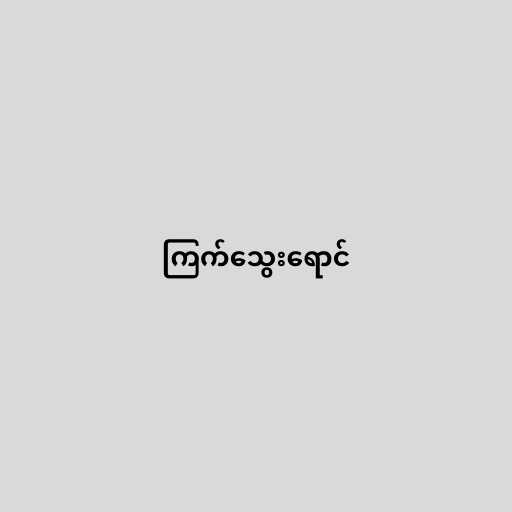
ကြက်သွေးရောင်